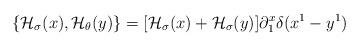
LaTeX: \begin{align*}\{{\cal H}_{\sigma}(x),{\cal H}_{\theta}(y)\} = [{\cal H}_{\sigma}(x) +{\cal H}_{\sigma}(y)] \partial^x_1\delta (x^1 - y^1)\end{align*}